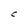
Character: C